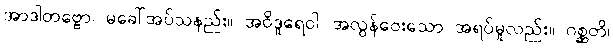
အာဒါတဗ္ဗော၊ မခေါ်အပ်သနည်း။ အဝိဒူရေဝါ၊ အလွန်ဝေးသော အရပ်မူလည်း။ ဂစ္ဆတိ၊